Scottish Leaving Certificate Examination, 1952
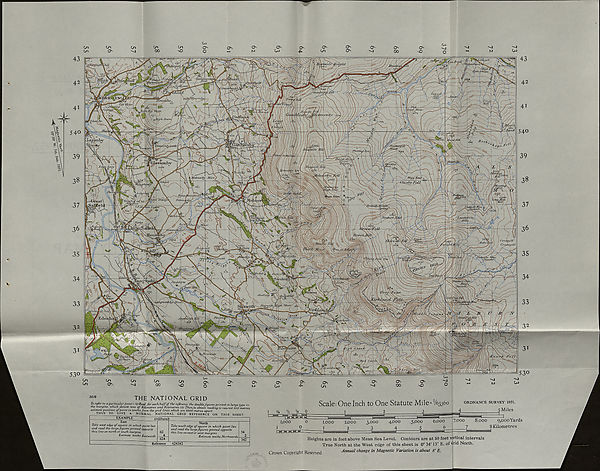
Oi
Cn
cn
Cn
C/i
0 s
00
on
o
O
on
O
O'
ON
On
ON
W
0->
4^
On
ON
O'
On
'-a
O'
00
O'
''J
'O
o
1-1
K>
c^>
21100}
\; y-' o-' n/a,-.
■ JIowsi
lU}it/7t( j nts
-~Qj+xby Ffilli
S' hootiru
Farnuyiby/
liirlos
fm' tik
.fcOO-
•tjailh
Sku'witJv.
°oJ.s' SUJ rotoS
.iciMj
;
Fewfownp
s/J,
lUd/b)
THE NATIONAL GRID
3519
To refer to a particular point :-/l) Read for each halfof the reference the doublefigures printed in large type in
the margins, which denote tens of Kilometres and Kilometres. (2) Then,to obtain reading to nearest lOO metres,
estimate position of point in tenths from the grid lines.which are lOOO metres apart.
THUS TO GIVE A NORMAL NATIONAL GRID REFERENCE ON THIS SHEET.
EXAMPLE
East
Gillbank
Take west edge of square in which point lies
and read the large figures printed opposite
this line on north or south margins.
Estimate tenths Eastwards
62
624
North
Take south edge of square in which point lies
and read the large fgures printed opposite
this line on east or west margins.
Estimate tenths Northwards
Reference 624342
34
342
1,000
0
I
0
I Ul U M H ri
Scale: One Inch to One Statute Mile= '/6336c
3,000
ORDNANCE SURVEY 1951.
Miles
7,000
8.000
9,000 Yards
7
8 Kilometres
Heights are in feet above Mean Sea Level. Contours are at 50 feet vertical intervals
True North at the West edge of this sheet is 0° 34' 13" E. of Orid North.
Annual change in Magnetic Variation is about 8' E.
Crown Copyright Reserved